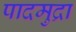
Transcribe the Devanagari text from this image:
पादमुद्रा